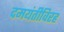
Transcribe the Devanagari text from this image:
दमयंतीविरह